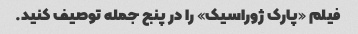
فیلم «پارک ژوراسیک» را در پنج جمله توصیف کنید.